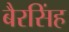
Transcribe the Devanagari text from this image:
बैरसिंह